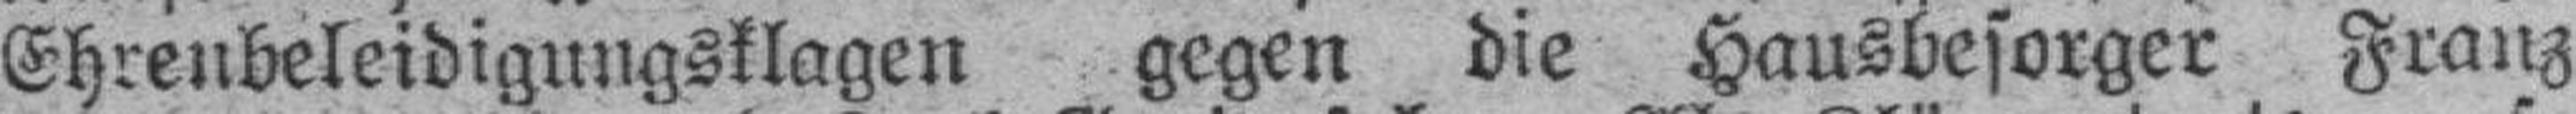
Ehrenbeleidigungsklagen gegen die Hausbesorger Franz